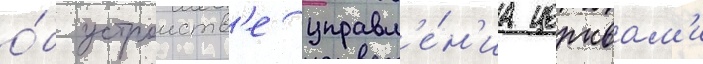
о́б устроиств'е управл'е́н'иа церквам'и